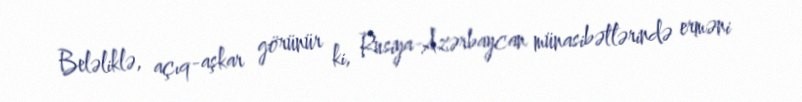
Beləliklə, açıq-aşkar görünür ki, Rusiya-Azərbaycan münasibətlərində erməni